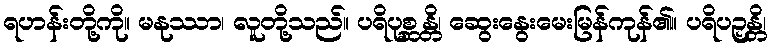
ရဟန်းတို့ကို။ မနုဿာ၊ လူတို့သည်။ ပရိပုစ္ဆန္တိ၊ ဆွေးနွေးမေးမြန်ကုန်၏။ ပရိပဉှန္တိ၊